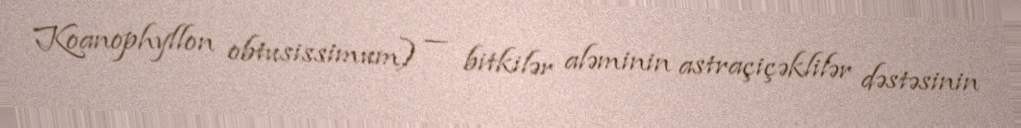
Koanophyllon obtusissimum) — bitkilər aləminin astraçiçəklilər dəstəsinin